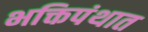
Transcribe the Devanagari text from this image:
भक्तिपंथात